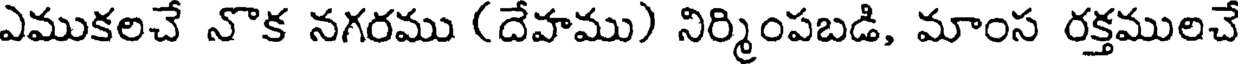
ఎముకలచే నొక నగరము (దేహము) నిర్మింపబడి, మాంస రక్తములచే